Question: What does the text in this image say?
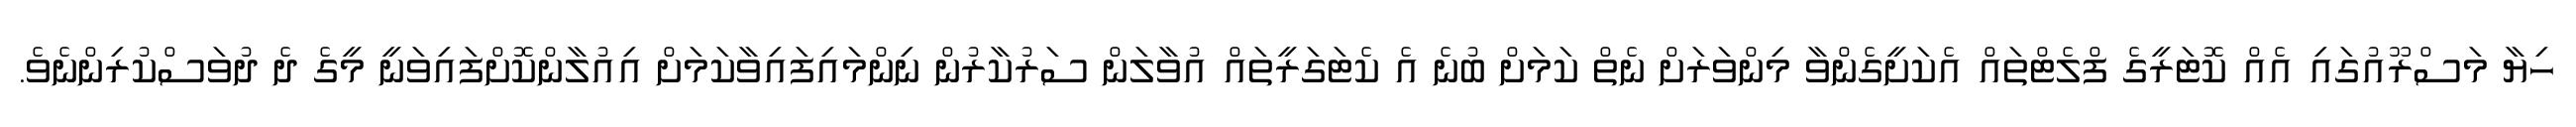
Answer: ހިޔާ މަސްރޫއުގައި އެއް ކޮޓަރީގެ ފްލެޓްތައް އެކަށީގެންވާ މިންވަރަށް ނެތް ކަމަށް ބުނެ އެ ކެޓަގަރީތައް އުވާލަން ސަރުކާރުން ނިންމައިފައިވާކަމަށް އިއުލާންކޮށްފައިވަނީ މީގެ ދެ ދުވަސްކުރިންނެވެ.